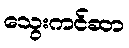
သွေးကင်ဆာ